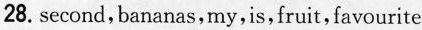
28. second,bananas,my,is,fruit, favourite